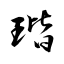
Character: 瑎